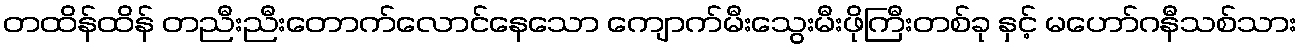
တထိန်ထိန် တညီးညီးတောက်လောင်နေသော ကျောက်မီးသွေးမီးဖိုကြီးတစ်ခု နှင့် မဟော်ဂနီသစ်သား